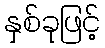
နှစ်ခုဖြင့်